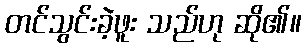
တင်သွင်းခဲ့ဖူး သည်ဟု ဆို၏။